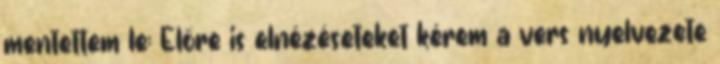
mentettem le: Előre is elnézéseteket kérem a vers nyelvezete